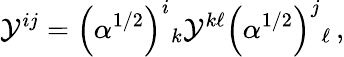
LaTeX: {\cal Y}^{ij}=\left(\alpha^{1/2}\right)^{i}{}_{k}{\cal Y}^{k\ell}\left(\alpha^{1/2}\right)^{j}{}_{\ell}\, ,